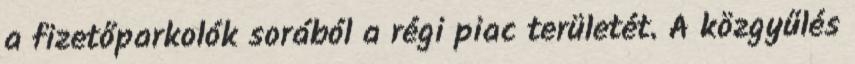
a fizetőparkolók sorából a régi piac területét. A közgyűlés